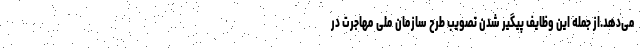
می‌دهد.از جمله این وظایف پیگیر شدن تصویب طرح سازمان ملی مهاجرت در